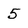
Character: 5